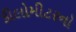
કીલોમીટરનો